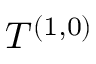
T ^ { ( 1 , 0 ) }